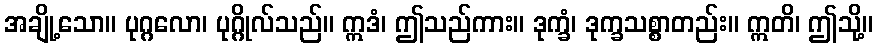
အချို့သော။ ပုဂ္ဂလော၊ ပုဂ္ဂိုလ်သည်။ ဣဒံ၊ ဤသည်ကား။ ဒုက္ခံ၊ ဒုက္ခသစ္စာတည်း။ ဣတိ၊ ဤသို့။